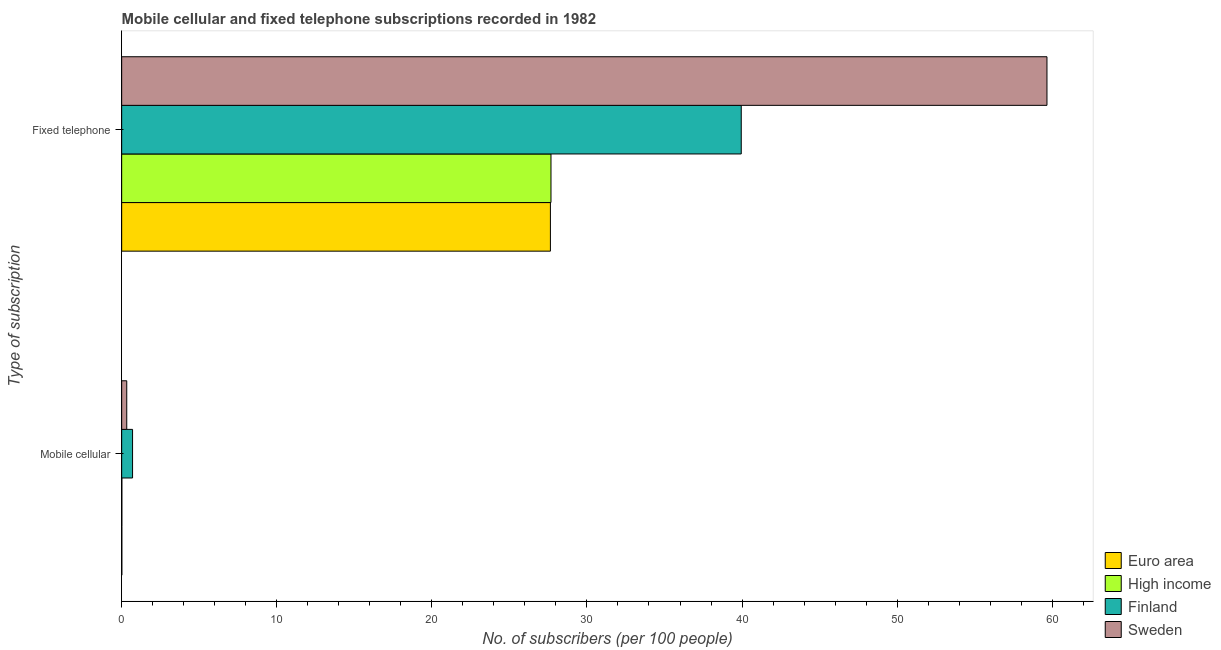
| Type of subscription | Euro area | High income | Finland | Sweden |
 | --- | --- | --- | --- | --- |
 | Mobile cellular | 0.0112 | 0.0115 | 0.702 | 0.327 |
 | Fixed telephone | 27.6 | 27.7 | 39.9 | 59.7 |